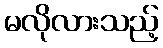
မလိုလားသည့်